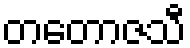
တတောဇသီ